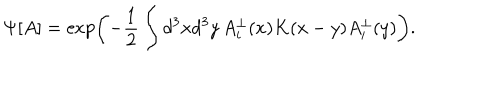
\Psi [ A ] = \exp \left( - \frac { 1 } { 2 } \int d ^ { 3 } x d ^ { 3 } y \, A _ { i } ^ { \bot } ( x ) K ( x - y ) A _ { i } ^ { \bot } ( y ) \right) .